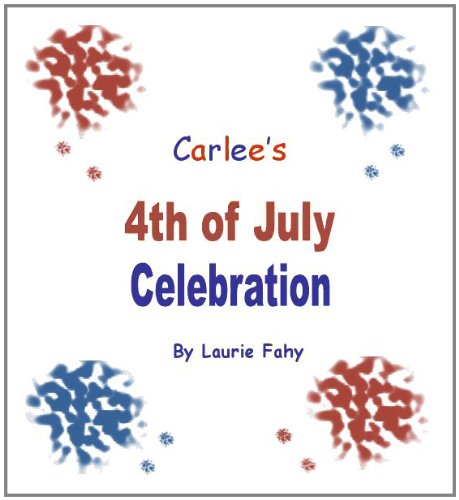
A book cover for Carlee's 4th of July Celebration; Laurie Fahy; Children's Books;